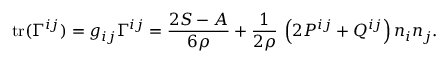
\mathrm { t r } ( \Gamma ^ { i j } ) = g _ { i j } \Gamma ^ { i j } = \frac { 2 S - A } { 6 \rho } + \frac 1 { 2 \rho } \, \left( 2 P ^ { i j } + Q ^ { i j } \right) n _ { i } n _ { j } .